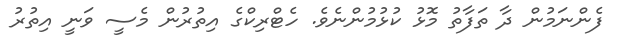
ފެންނަމުން ދާ ތަފާތު މޮޅު ކުޅުމުންނެވެ. ހެޓްރިކްގެ އިތުރުން މެސީ ވަނީ އިތުރު